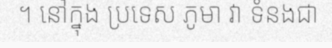
។ នៅក្នុង ប្រទេស ភូមា វា ទំនងជា